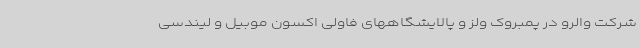
شرکت والرو در پمبروک ولز و پالایشگاههای فاولی اکسون موبیل و لیندسی